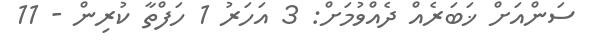
ސަންއަށް ޚަބަރެއް ދެއްވުމަށް: 3 އަހަރު 1 ހަފްތާ ކުރިން - 11